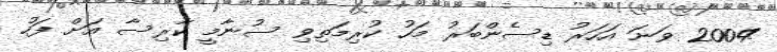
2004 ވަނަ އަހަރު ޑިސެންބަރު މަހު ކުރިމަތިވި ސުނާމީ ކާރިސާ އަށް ފަހު